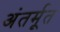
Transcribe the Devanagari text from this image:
अंतर्मूत